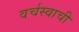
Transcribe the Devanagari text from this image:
वर्चस्वाची